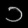
Digit: ၁